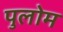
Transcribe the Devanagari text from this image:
पुलोम